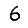
Digit: 6